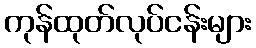
ကုန်ထုတ်လုပ်ငန်းများ